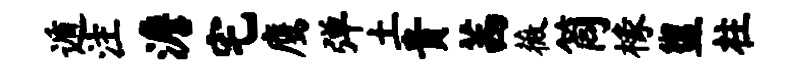
遁注澹宅鹰弹土贵茜薇筒椽盥柱